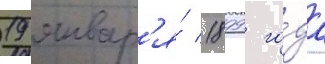
19 январ'я́ 1899 го́да